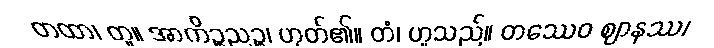
တထာ၊ တူ။ အာကိဉ္စညဉ္စ၊ ဟုတ်၏။ တံ၊ ဟူသည်။ တဿေဝ ဈာနဿ၊